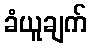
ခံယူချက်